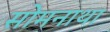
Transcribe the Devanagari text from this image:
सोमनाथा